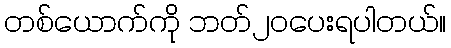
တစ်ယောက်ကို ဘတ်၂၀ပေးရပါတယ်။